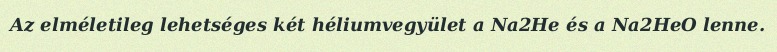
Az elméletileg lehetséges két héliumvegyület a Na2He és a Na2HeO lenne.